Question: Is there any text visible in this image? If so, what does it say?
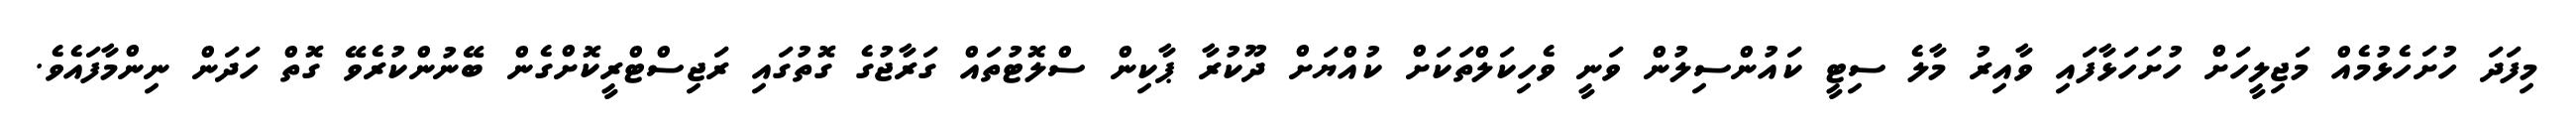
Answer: މިފަދަ ހުށަހެޅުމެއް މަޖިލީހަށް ހުށަހަޅާފައި ވާއިރު މާލެ ސިޓީ ކައުންސިލުން ވަނީ ވެހިކަލްތަކަށް ކުއްޔަށް ދޫކުރާ ޕާކިން ސްލޮޓުތައް ގަރާޖުގެ ގޮތުގައި ރަޖިސްޓްރީކޮށްގެން ބޭނުންކުރެވޭ ގޮތް ހަދަން ނިންމާފައެވެ.